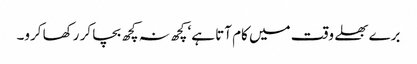
برے بھلے وقت میں کام آتا ہے‘ کچھ نہ کچھ بچا کر رکھا کرو۔